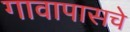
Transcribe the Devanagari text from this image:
गावापासचे